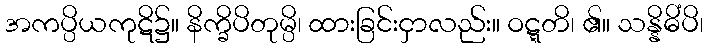
အကပ္ပိယကုဋိ၌။ နိက္ခိပိတုမ္ပိ၊ ထားခြင်းငှာလည်း။ ဝဋ္ဋတိ၊ ၏။ သန္နိဓိံပိ၊